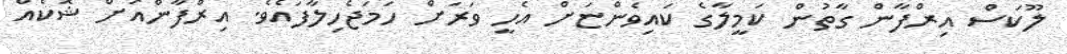
ލޫކަސް އިރްފާން ގާތުން ކަމީލާގެ ކައިވެންޏަށް އެހީ ވަރަށް ހަމަޖެހިލާފައެވެ. އިރްފާންއަށް ޝޮކެއް